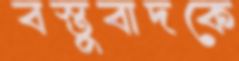
বস্তুবাদকে